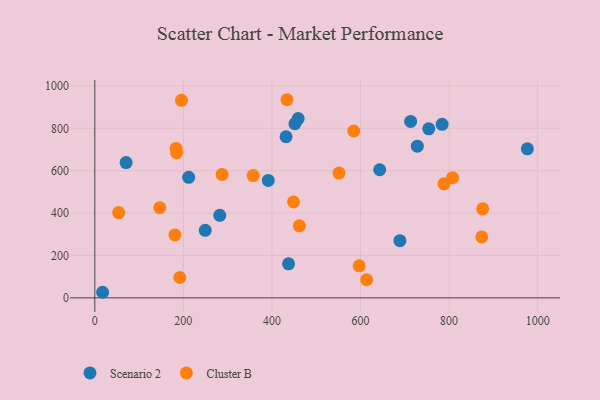
{"axis": {"x": "Engine Size", "y": "Profit"}, "legend": ["Cluster B", "Scenario 2"], "data": [{"x": "249.4", "y": 318.5, "type": "Scenario 2"}, {"x": "976.8", "y": 703.1, "type": "Scenario 2"}, {"x": "282.2", "y": 389.2, "type": "Scenario 2"}, {"x": "431.9", "y": 760.2, "type": "Scenario 2"}, {"x": "784.3", "y": 818.6, "type": "Scenario 2"}, {"x": "17.7", "y": 26.2, "type": "Scenario 2"}, {"x": "754.1", "y": 797.6, "type": "Scenario 2"}, {"x": "728.3", "y": 715.5, "type": "Scenario 2"}, {"x": "713.2", "y": 832.7, "type": "Scenario 2"}, {"x": "459.3", "y": 846.1, "type": "Scenario 2"}, {"x": "451.9", "y": 821.5, "type": "Scenario 2"}, {"x": "70.7", "y": 638.2, "type": "Scenario 2"}, {"x": "391.7", "y": 554.2, "type": "Scenario 2"}, {"x": "643.3", "y": 604.5, "type": "Scenario 2"}, {"x": "212.0", "y": 568.6, "type": "Scenario 2"}, {"x": "689.0", "y": 269.8, "type": "Scenario 2"}, {"x": "437.5", "y": 160.5, "type": "Scenario 2"}, {"x": "183.6", "y": 704.9, "type": "Cluster B"}, {"x": "434.0", "y": 934.9, "type": "Cluster B"}, {"x": "195.8", "y": 932.3, "type": "Cluster B"}, {"x": "788.5", "y": 538.1, "type": "Cluster B"}, {"x": "584.8", "y": 787.3, "type": "Cluster B"}, {"x": "597.1", "y": 151.2, "type": "Cluster B"}, {"x": "807.9", "y": 567.2, "type": "Cluster B"}, {"x": "287.4", "y": 582.5, "type": "Cluster B"}, {"x": "873.8", "y": 287.2, "type": "Cluster B"}, {"x": "462.0", "y": 340.0, "type": "Cluster B"}, {"x": "613.9", "y": 85.2, "type": "Cluster B"}, {"x": "146.7", "y": 425.3, "type": "Cluster B"}, {"x": "448.8", "y": 452.7, "type": "Cluster B"}, {"x": "875.8", "y": 420.2, "type": "Cluster B"}, {"x": "184.7", "y": 685.1, "type": "Cluster B"}, {"x": "551.5", "y": 588.6, "type": "Cluster B"}, {"x": "54.0", "y": 402.1, "type": "Cluster B"}, {"x": "191.9", "y": 95.9, "type": "Cluster B"}, {"x": "357.6", "y": 576.9, "type": "Cluster B"}, {"x": "181.0", "y": 296.8, "type": "Cluster B"}]}